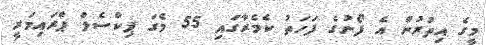
މީގެ އިތުރުން އެ ފޯނުގެ ފަހަތު ކެމެރާގައި 55 މެގަ ޕިކްސެލް ޕްރައިމަރީ